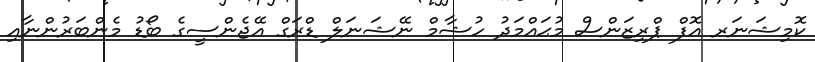
ކޮމިޝަނަރ އޮފް ޕްރިޒަންސް މުޙައްމަދު ހުޝާމް ނޭޝަނަލް ޑްރަގް އޭޖެންސީގެ ބޯޑު މެންބަރުންނާއި